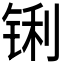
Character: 𮸊